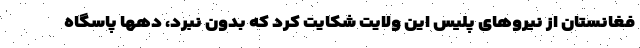
فغانستان از نیروهای پلیس این ولایت شکایت کرد که بدون نبرد، دهها پاسگاه